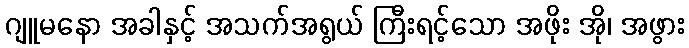
ဂျူမနော အခါနှင့် အသက်အရွယ် ကြီးရင့်သော အဖိုး အို၊ အဖွား